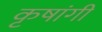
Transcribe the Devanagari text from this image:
कृषांगी